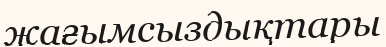
жағымсыздықтары